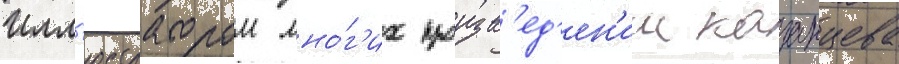
Илл'юстратором мно́г'их произв'ед'ен'ии казанцева